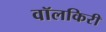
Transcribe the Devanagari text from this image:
वॉलकिरी